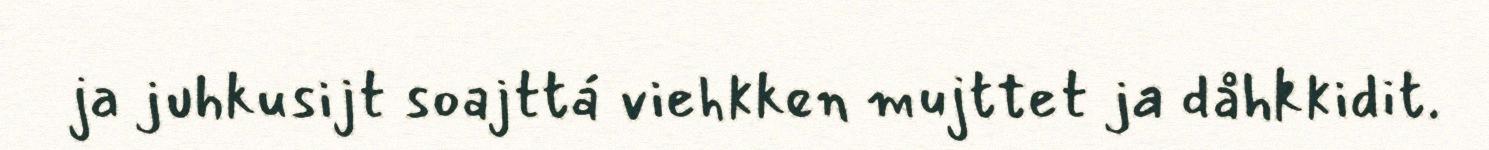
ja juhkusijt soajttá viehkken mujttet ja dåhkkidit.